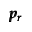
\pmb { p _ { r } }